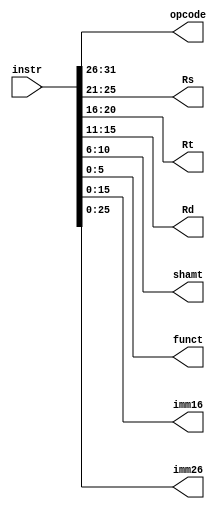
module SPLIT (
    input [31:0] instr,
    output [5:0] opcode,
    output [4:0] Rs,
    output [4:0] Rt,
    output [4:0] Rd,
    output [4:0] shamt,
    output [5:0] funct,
    output [15:0] imm16,
    output [25:0] imm26
);
    assign opcode = instr[31:26];
    assign Rs = instr[25:21];
    assign Rt = instr[20:16];
    assign Rd = instr[15:11];
    assign shamt = instr[10:6];
    assign funct = instr[5:0];
    assign imm16 = instr[15:0];
    assign imm26 = instr[25:0];
    
endmodule